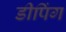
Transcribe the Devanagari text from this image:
डीपिंग